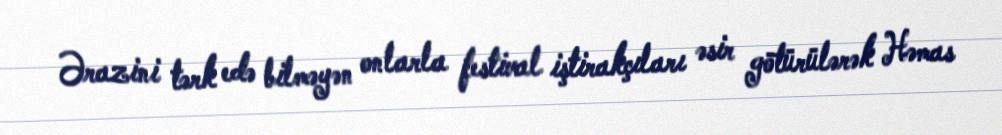
Ərazini tərk edə bilməyən onlarla festival iştirakçıları əsir götürülərək Həmas